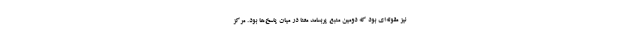
نیز مقوله‌ای بود که دومین منبع پربسامد معنا در میان پاسخ‌ها بود. مرکز